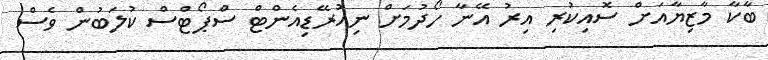
ބާކާ މާޒިޔާއަށް ސޮއިކުރި އިރު އޭނާ ހޯދުމަށް ނިއުރޭޑިއެންޓް ސްޕޯޓްސް ކުލަބުން ވެސް